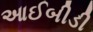
આઈબીડી